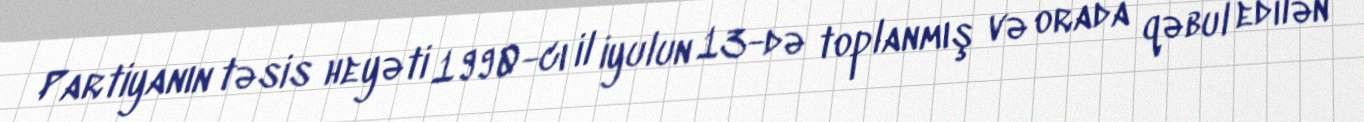
Partiyanın təsis heyəti 1990-cı il iyulun 13-də toplanmış və orada qəbul edilən